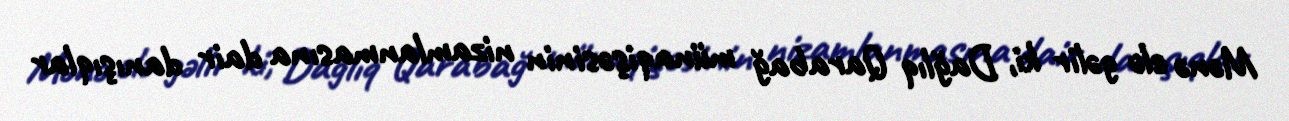
Mənə elə gəlir ki, Dağlıq Qarabağ münaqişəsinin nizamlanmasına dair danışıqlar